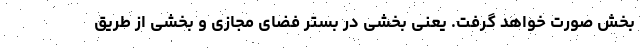
بخش صورت خواهد گرفت. یعنی بخشی در بستر فضای مجازی و بخشی از طریق